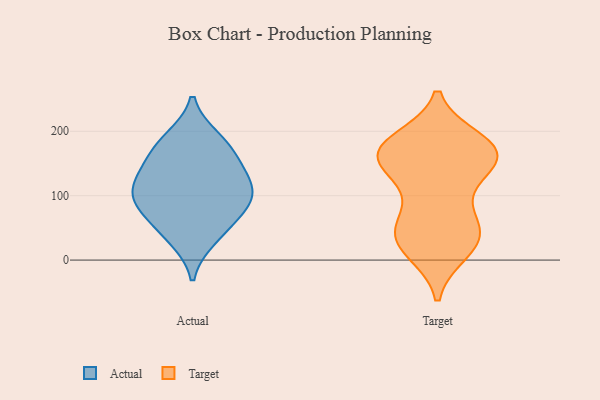
{"axis": {"x": "Inventory Turnover", "y": "Value"}, "legend": ["Actual", "Target"], "data": [{"x": "", "y": 85, "type": "Actual"}, {"x": "", "y": 133, "type": "Actual"}, {"x": "", "y": 91, "type": "Actual"}, {"x": "", "y": 176, "type": "Actual"}, {"x": "", "y": 33, "type": "Actual"}, {"x": "", "y": 115, "type": "Actual"}, {"x": "", "y": 189, "type": "Actual"}, {"x": "", "y": 102, "type": "Actual"}, {"x": "", "y": 56, "type": "Actual"}, {"x": "", "y": 150, "type": "Actual"}, {"x": "", "y": 56, "type": "Target"}, {"x": "", "y": 14, "type": "Target"}, {"x": "", "y": 160, "type": "Target"}, {"x": "", "y": 185, "type": "Target"}, {"x": "", "y": 131, "type": "Target"}, {"x": "", "y": 101, "type": "Target"}, {"x": "", "y": 177, "type": "Target"}, {"x": "", "y": 32, "type": "Target"}, {"x": "", "y": 176, "type": "Target"}, {"x": "", "y": 16, "type": "Target"}, {"x": "", "y": 150, "type": "Target"}, {"x": "", "y": 169, "type": "Target"}, {"x": "", "y": 39, "type": "Target"}, {"x": "", "y": 45, "type": "Target"}, {"x": "", "y": 155, "type": "Target"}, {"x": "", "y": 169, "type": "Target"}, {"x": "", "y": 165, "type": "Target"}, {"x": "", "y": 53, "type": "Target"}]}